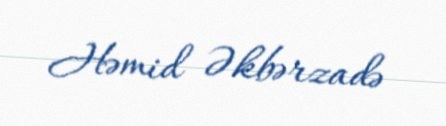
Həmid Əkbərzadə